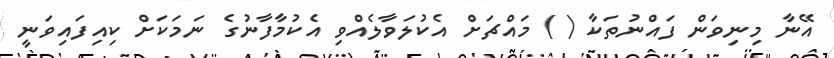
އޭނާ މިނިވަން ފައްނުތަކާ ( ) މައްޗަށް އެކުލަވާލެއްވި އެކުމާފާނުގެ ނަމަކަށް ކިއިފައިވަނީ